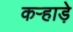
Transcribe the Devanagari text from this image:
कऱ्हाड़े